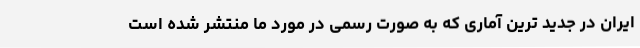
ایران در جدید ترین آماری که به صورت رسمی در مورد ما منتشر شده است